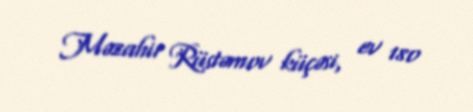
Məzahir Rüstəmov küçəsi, ev 180